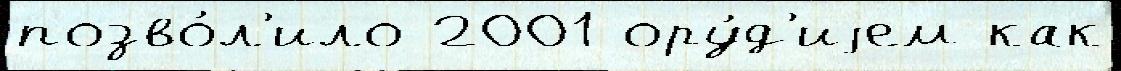
позво́л'ило 2001 ору́д'иjем как